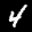
Label: 4